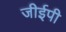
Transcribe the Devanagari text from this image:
जीईपी